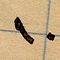
١٠